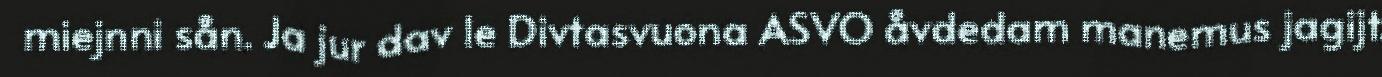
miejnni sån. Ja jur dav le Divtasvuona ASVO åvdedam manemus jagijt.